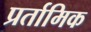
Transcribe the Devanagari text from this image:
प्रर्तामिक